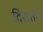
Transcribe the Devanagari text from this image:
दिसतंय